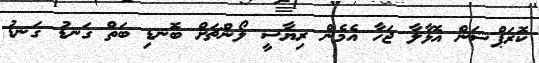
ކޮރަޕްޝަން އޮޅާލާ ޖަހާ އެމެން ރިޔާސީ ލޯންޗަށް ބޮނޑި ބަތް ގަނޑު ގަނޑު